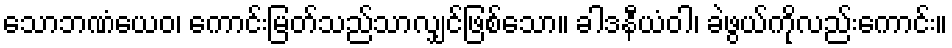
သောဘဏံယေဝ၊ ကောင်းမြတ်သည်သာလျှင်ဖြစ်သော။ ခါဒနီယံဝါ၊ ခဲဖွယ်ကိုလည်းကောင်း။